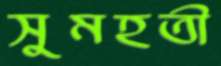
সুমহতী